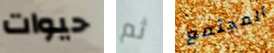
حيوات ثم المجتمع